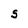
Character: S